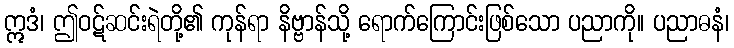
ဣဒံ၊ ဤဝဋ်ဆင်းရဲတို့၏ ကုန်ရာ နိဗ္ဗာန်သို့ ရောက်ကြောင်းဖြစ်သော ပညာကို။ ပညာဓနံ၊